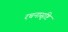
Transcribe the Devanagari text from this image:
रचनासृष्टि